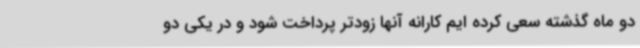
دو ماه گذشته سعی کرده ایم کارانه آنها زودتر پرداخت شود و در یکی دو